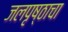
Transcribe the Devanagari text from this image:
जलपृष्ठाचा